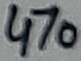
Text: 470